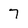
Character: 7